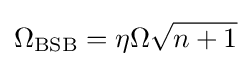
\Omega _{\rm {BSB}}=\eta \Omega {\sqrt {n+1}}